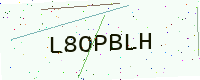
Text: L8OPBLH